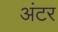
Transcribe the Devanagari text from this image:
अंटर